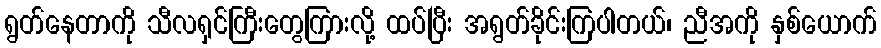
ရွတ်နေတာကို သီလရှင်ကြီးတွေကြားလို့ ထပ်ပြီး အရွတ်ခိုင်းကြပါတယ်၊ ညီအကို နှစ်ယောက်